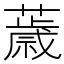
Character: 𦿧